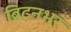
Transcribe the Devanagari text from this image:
ब्रिटनभर